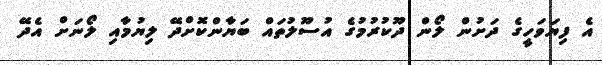
އެ ފިޔަވަހީގެ ދަށުން ލޯން ދޫކުރުމުގެ އުސޫލުތައް ބަޔާންކޮށްދޭ ލިޔުމާއި ލޯނަށް އެދޭ